Vaccine operations Central Provinces & Berar 1922-1929 - 1922-1929
Year: 1922
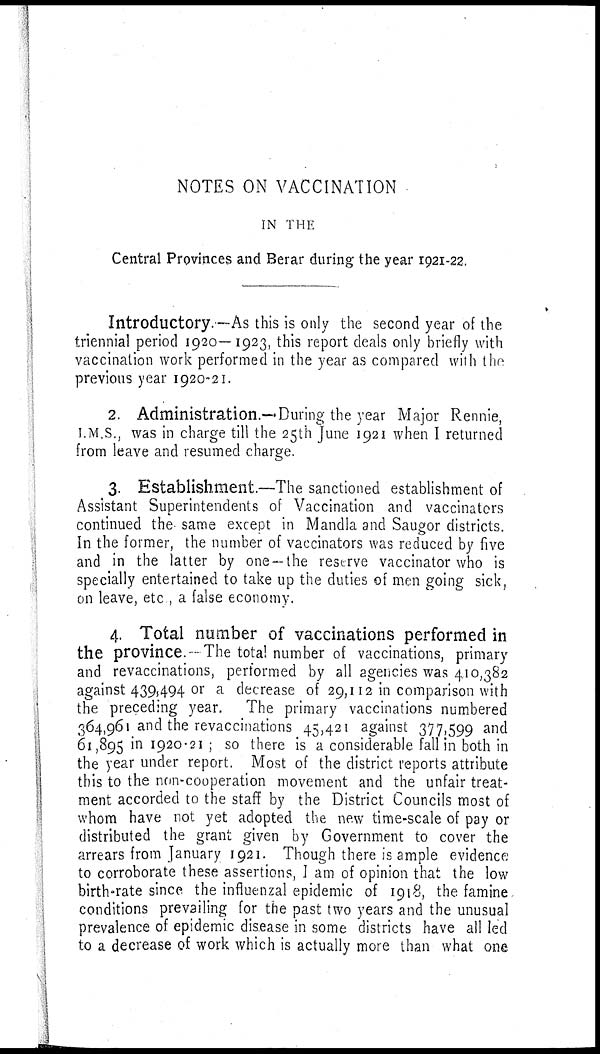
NOTES ON VACCINATION
IN THE
Central Provinces and Berar during the year 1921-22.
Introductory.—As this is only the second year of the
triennial period 1920—1923, this report deals only briefly with
vaccination work performed in the year as compared with the
previous year 1920-21.
2. Administration.—During the year Major Rennie,
I.M.S., was in charge till the 25th June 1921 when I returned
from leave and resumed charge.
3. Establishment.—The sanctioned establishment of
Assistant Superintendents of Vaccination and vaccinators
continued the same except in Mandla and Saugor districts.
In the former, the number of vaccinators was reduced by five
and in the latter by one —the reserve vaccinator who is
specially entertained to take up the duties of men going sick,
on leave, etc , a false economy.
4. Total number of vaccinations performed in
the province.—The total number of vaccinations, primary
and revaccinations, performed by all agencies was 410,382
against 439,494 or a decrease of 29,112 in comparison with
the preceding year. The primary vaccinations numbered
364,961 and the revaccinations 45,421 against 377,599 and
61,895 in 1920-21 ; so there is a considerable fall in both in
the year under report. Most of the district reports attribute
this to the non-cooperation movement and the unfair treat-
ment accorded to the staff by the District Councils most of
whom have not yet adopted the new time-scale of pay or
distributed the grant given by Government to cover the
arrears from January 1921. Though there is ample evidence
to corroborate these assertions, I am of opinion that the low
birth-rate since the influenzal epidemic of 1918, the famine
conditions prevailing for the past two years and the unusual
prevalence of epidemic disease in some districts have all led
to a decrease of work which is actually more than what one